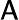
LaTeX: \sf{A}